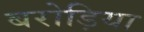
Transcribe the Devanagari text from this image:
बरोड़िया